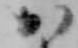
か